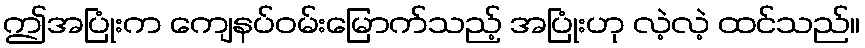
ဤအပြုံးက ကျေနပ်ဝမ်းမြောက်သည့် အပြုံးဟု လဲ့လဲ့ ထင်သည်။